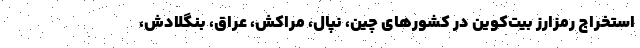
استخراج رمزارز بیت‌کوین در کشورهای چین، نپال، مراکش، عراق، بنگلادش،